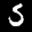
Label: 5